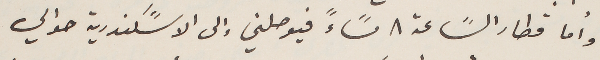
وأما قطار السًاعة ٨ مسًاءً فيوصلني الى الاسًكندرية حوالي